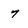
Character: 7